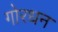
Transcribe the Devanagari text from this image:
गोरधन